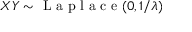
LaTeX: X Y \sim { \textrm { L a p l a c e } } ( 0 , 1 / \lambda )